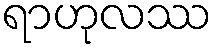
ရာဟုလဿ